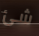
شئ